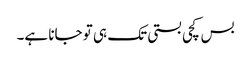
بس کچی بستی تک ہی تو جانا ہے۔